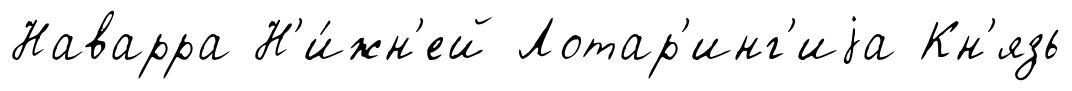
Наварра Н'и́жн'ей Лотар'инг'иjа Кн'язь